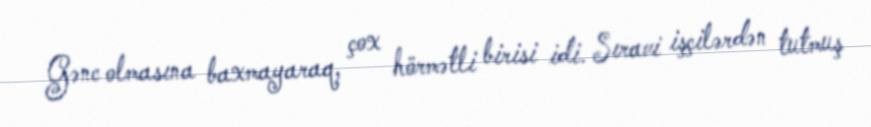
Gənc olmasına baxmayaraq, çox hörmətli birisi idi. Sıravi işçilərdən tutmuş